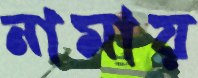
নামায়